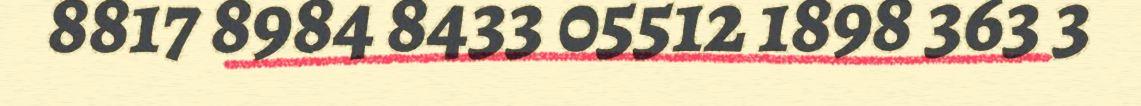
8817 8984 8433 05512 1898 363 3